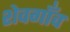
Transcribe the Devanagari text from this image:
शेवगाँव